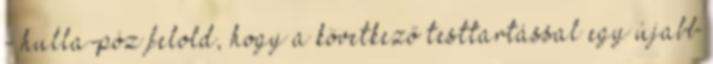
- hulla-póz felold, hogy a következő testtartással egy újabb